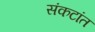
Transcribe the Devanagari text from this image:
संकटांत